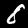
Digit: 8